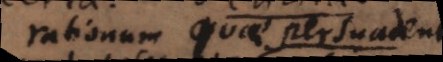
rationum quae persuadent